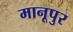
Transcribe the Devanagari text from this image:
मानूपुर